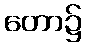
တော၌